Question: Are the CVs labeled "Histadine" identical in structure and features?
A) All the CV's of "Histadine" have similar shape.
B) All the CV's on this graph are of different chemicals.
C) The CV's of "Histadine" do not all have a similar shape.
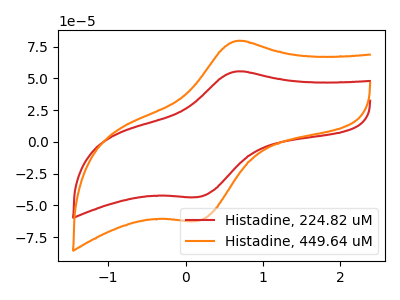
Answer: <think>The red curve "Histadine, 224.82 uM" has an anodic peak at (0.65V, 55.40uA) and a cathodic peak at (0.15V, -43.40uA). The orange curve "Histadine, 449.64 uM" has an anodic peak at (0.65V, 79.35uA) and a cathodic peak at (0.15V, -62.20uA).
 All the peaks in "Histadine, 224.82 uM" have a peak in "Histadine, 449.64 uM" at the same potential. Every peak in "Histadine, 224.82 uM" is lower than every peak in "Histadine, 449.64 uM".</think>
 <answer>A) All the CV's of "Histadine" have similar shape.</answer>
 <eval>A</eval>